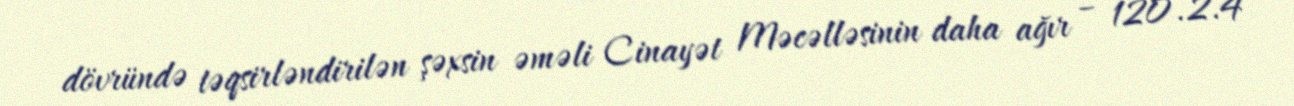
dövründə təqsirləndirilən şəxsin əməli Cinayət Məcəlləsinin daha ağır – 120.2.4